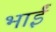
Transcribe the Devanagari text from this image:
भाईं